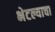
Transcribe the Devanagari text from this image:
भेटल्याचा